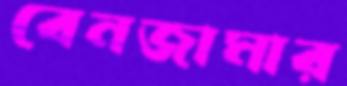
বেনজামার